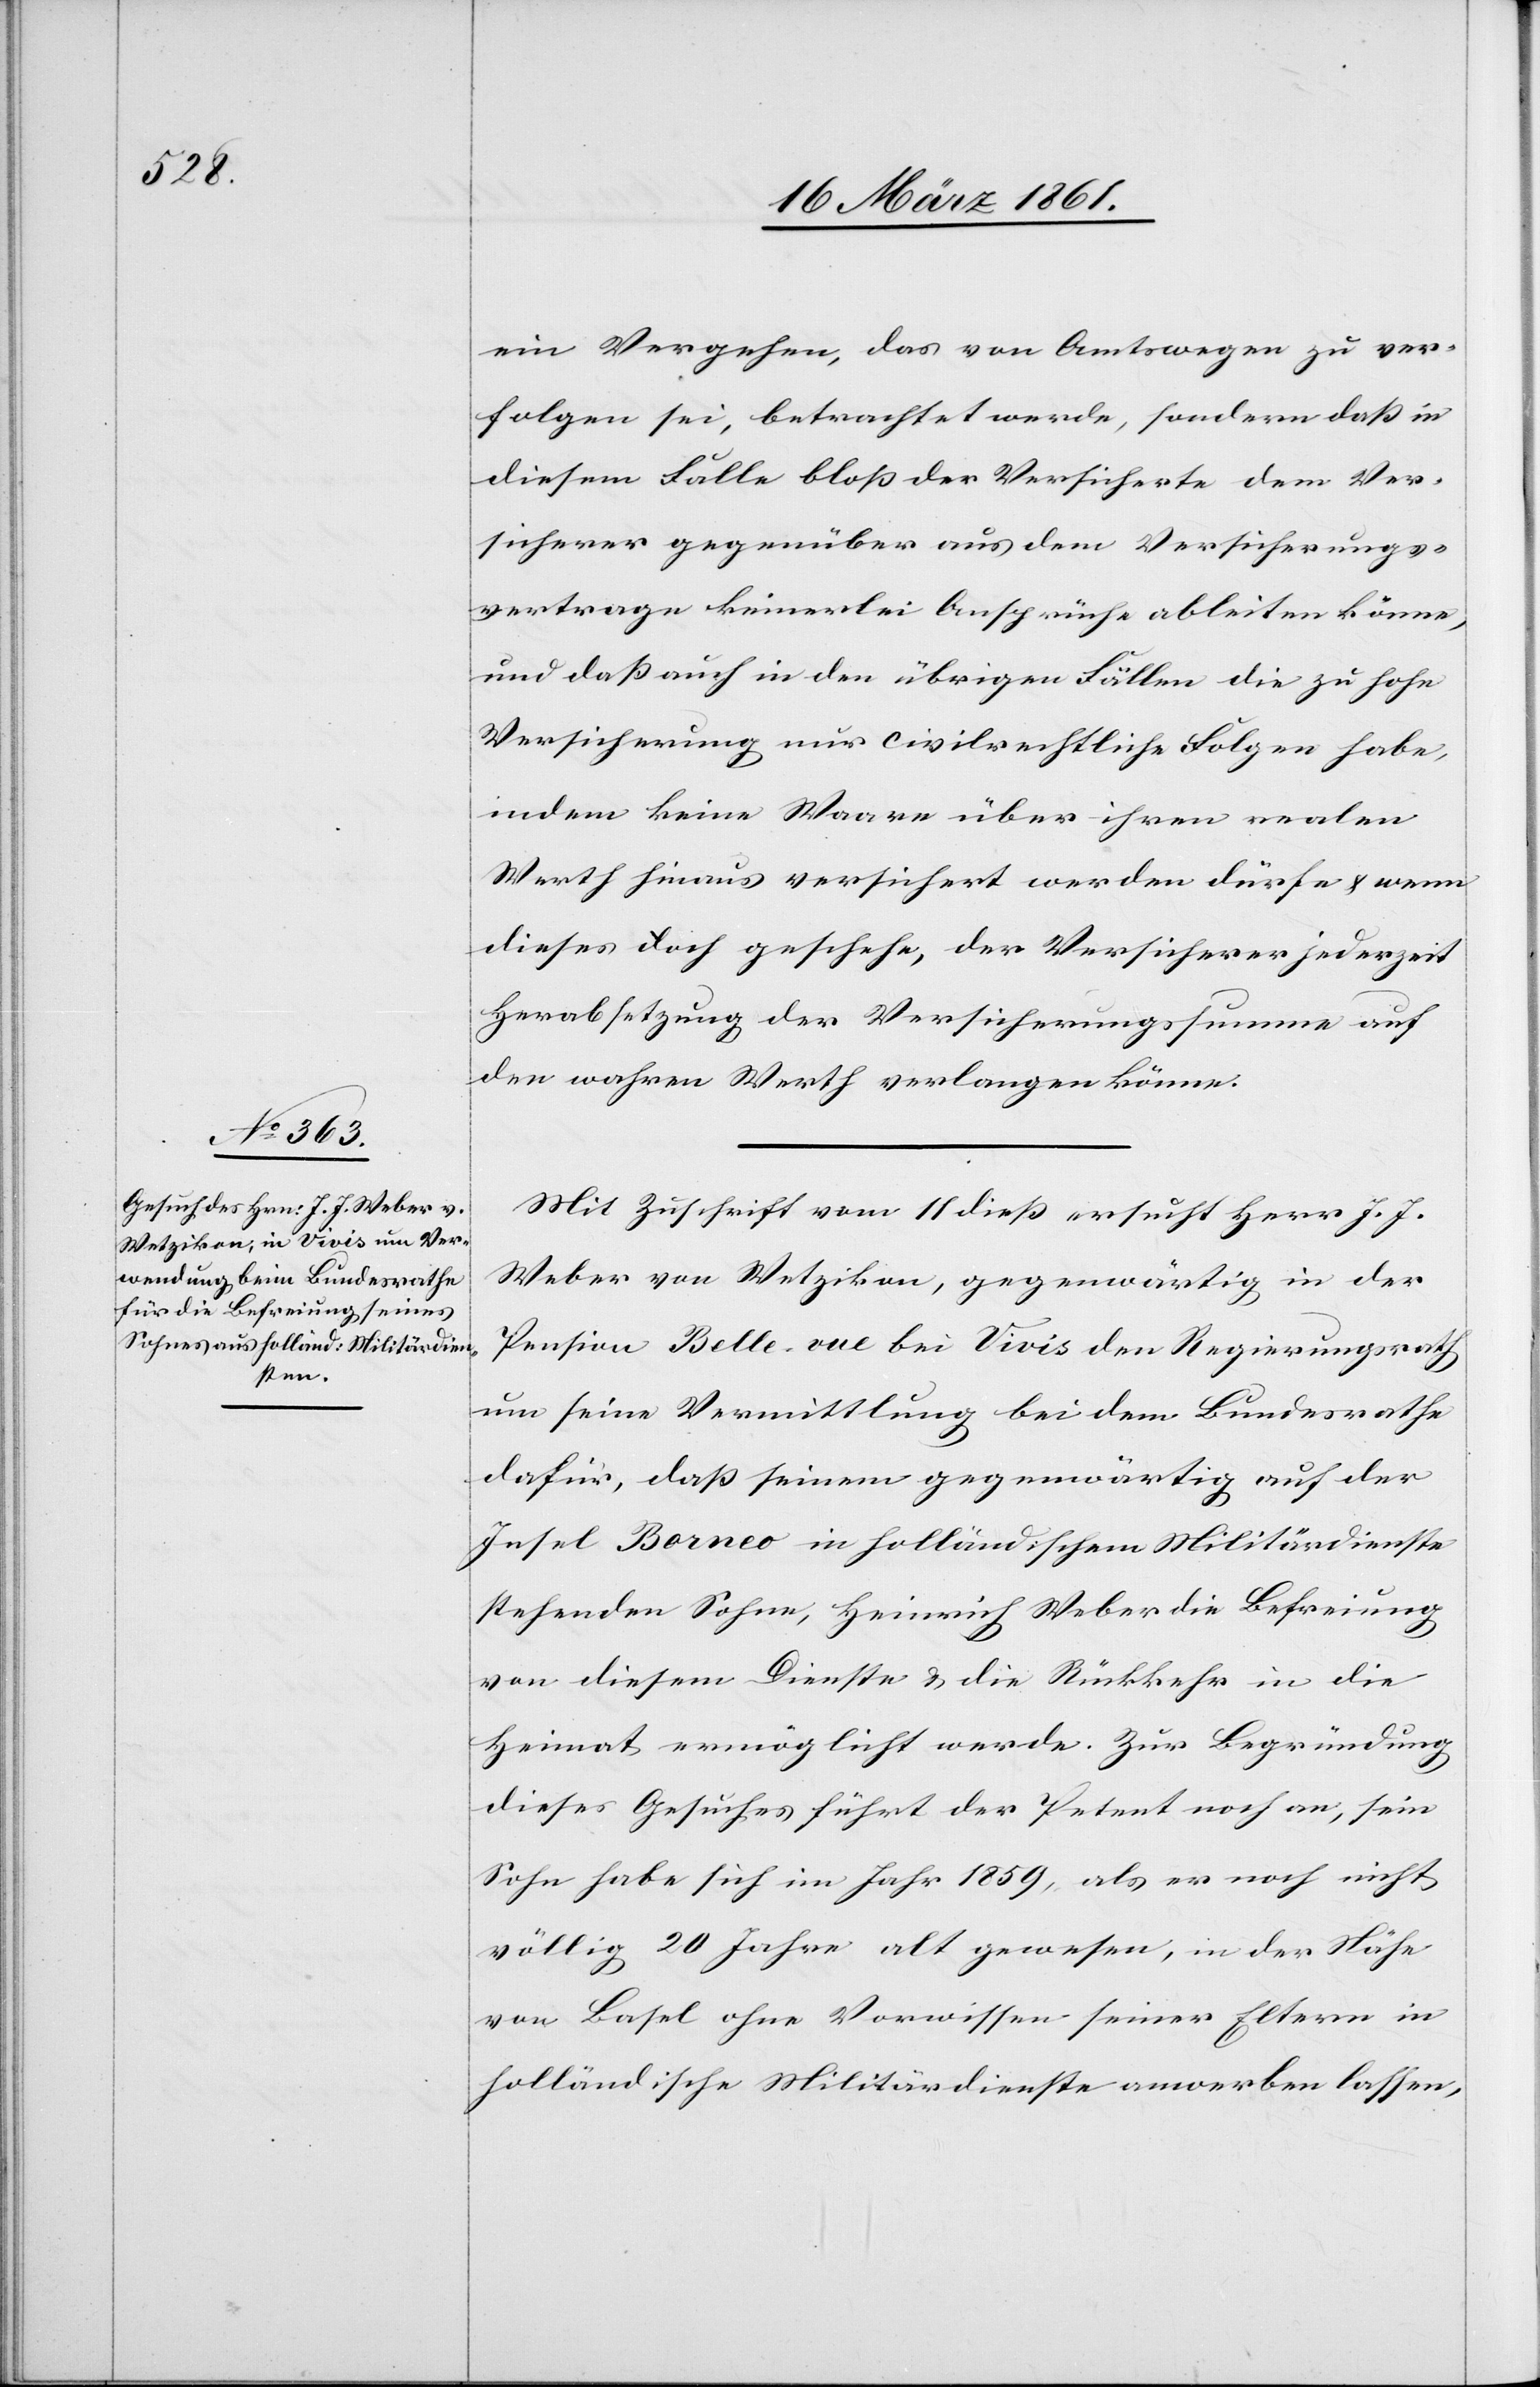
ein Vergehen, das von Amtswegen zu ver¬
folgen sei, betrachtet werde, sondern daß in
diesem Falle bloß der Versicherte dem Ver¬
sicherer gegenüber aus dem Versicherungs¬
vertrage keinerlei Ansprüche ableiten könne,
und daß auch in den übrigen Fällen die zu hohe
Versicherung nur civilrechtliche Folgen habe,
indem keine Waare über ihren realen
Werth hinaus versichert werden dürfe u. wenn
dieses doch geschehe, der Versicherer jederzeit
Herabsetzung der Versicherungssumme auf
den wahren Werth verlangen könne.
Mit Zuschrift vom 11. dieß ersucht Herr J. J.
Weber von Wetzikon, gegenwärtig in der
Pension Belle-vue bei Vivis den Regierungsrath
um seine Vermittlung bei dem Bundesrathe
dafür, daß seinem gegenwärtig auf der
Insel Borneo in holländischem Militärdienste
stehenden Sohne, Heinrich Weber die Befreiung
von diesem Dienste u. die Rückkehr in die
Heimat ermöglicht werde. Zur Begründung
dieses Gesuches führt der Petent noch an, sein
Sohn habe sich im Jahr 1859, als er noch nicht
völlig 20 Jahre alt gewesen, in der Nähe
von Basel ohne Vorwissen seiner Eltern in
holländische Militärdienste anwerben lassen,